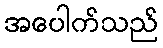
အပေါက်သည်